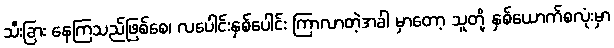
သီးခြား နေကြသည်ဖြစ်စေ၊ လပေါင်းနှစ်ပေါင်း ကြာလာတဲ့အခါ မှာတော့ သူတို့ နှစ်ယောက်စလုံးမှာ